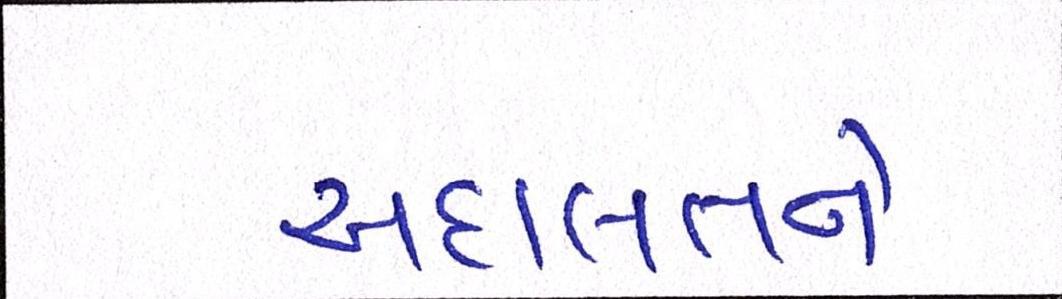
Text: અદાલતને